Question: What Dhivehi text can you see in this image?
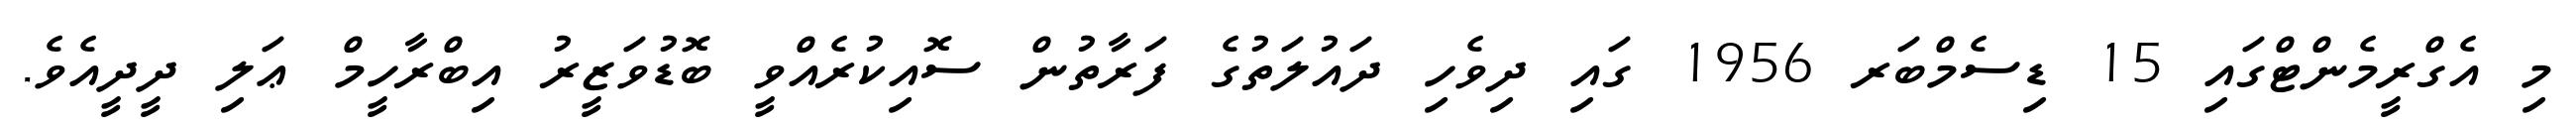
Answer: މި އެގްރީމެންޓްގައި 15 ޑިސެމްބަރ 1956 ގައި ދިވެހި ދައުލަތުގެ ފަރާތުން ސޮއިކުރެއްވީ ބޮޑުވަޒީރު އިބްރާހީމް ޢަލި ދީދީއެވެ.